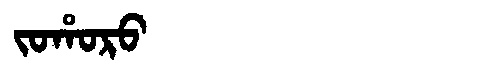
Manchu: ᠵᠣᡥᠣᡵᠣ
Romanization: JOHORO